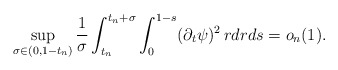
\begin{align*}\sup_{\sigma\in(0,1-t_n)}\frac{1}{\sigma}\int_{t_n}^{t_n+\sigma}\int_0^{1-s}(\partial_t\psi)^2\,rdrds=o_n(1).\end{align*}